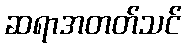
ဆရာအတတ်သင်